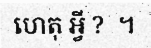
ហេតុ អ្វី ?  ។